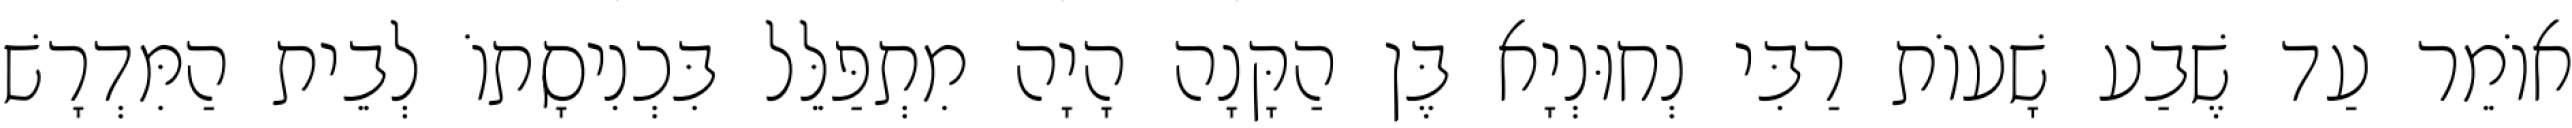
אוֹמֵר עַד שֶׁבַע שָׁעוֹת רַבִּי נְחוּנְיָא בֶּן הַקָּנָה הָיָה מִתְפַּלֵּל בִּכְנִיסָתוֹ לְבֵית הַמִּדְרָשׁ